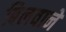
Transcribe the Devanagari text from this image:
बिलवाने